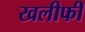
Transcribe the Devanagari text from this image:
खलीफी